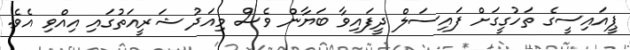
ޕީއައިސީގެ ތަހުގީގަށް ފައިސަލް ދީފައިވާ ބަޔާން ވެސް މިއަދު ޝަރީއަތުގައި އިއްވި އެވެ.